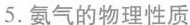
5.氨气的物理性质